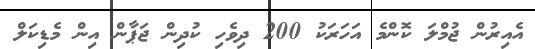
އެއިރުން ޖުމްލަ ކޮންމެ އަހަރަކު 200 ދިވެހި ކުދިން ޖަޕާން އިން މެޑިކަލް